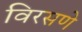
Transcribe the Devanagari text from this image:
विरसणे